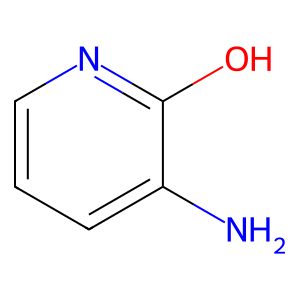
SMILES: Nc1cccnc1O
Inhibits HIV replication: No